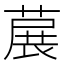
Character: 𬝳